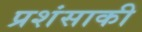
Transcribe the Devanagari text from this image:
प्रशंसाकी